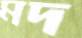
মদ